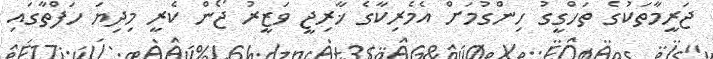
ޖަރީމާތަކުގެ ތަހްގީގު ހިންގުމަށް އެމެރިކާގެ ޚާރިޖީ ވަޒީރު ޖޯން ކެރީ މިދިޔަ ހަފްތާގައި